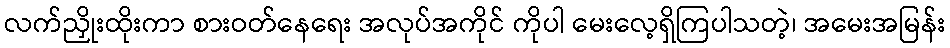
လက်ညှိုးထိုးကာ စားဝတ်နေရေး အလုပ်အကိုင် ကိုပါ မေးလေ့ရှိကြပါသတဲ့၊ အမေးအမြန်း